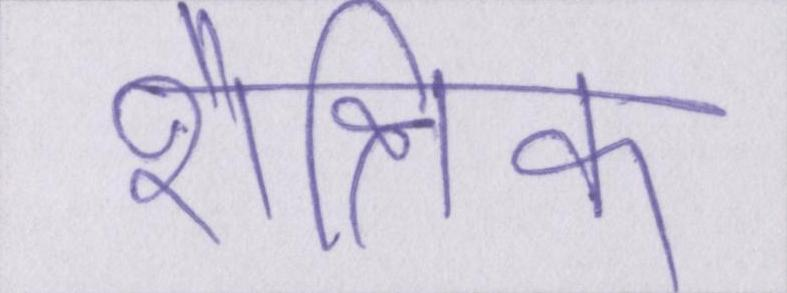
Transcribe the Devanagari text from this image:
शैक्षिक